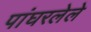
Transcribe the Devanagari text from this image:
पांघरलेले